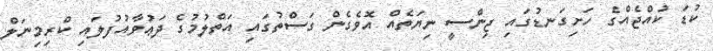
ކުޑަ ކުއްޖެއްގެ ހަށިގަނޑުގައި ޖިންސީ ނިޔަތެއް އޮވެގެން ގަސްތުގައި އަތްލުމުގެ ދަޢުވާއުފުލައި ކްރިމިނަލް